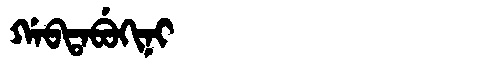
Manchu: ᡤᠠᠪᡨᠠᠪᡠᡴᡳᠨᡳ
Romanization: GABTABUKINI